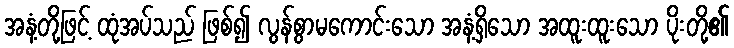
အနံ့တို့ဖြင့် ထုံအပ်သည် ဖြစ်၍ လွန်စွာမကောင်းသော အနံ့ရှိသော အထူးထူးသော ပိုးတို့၏